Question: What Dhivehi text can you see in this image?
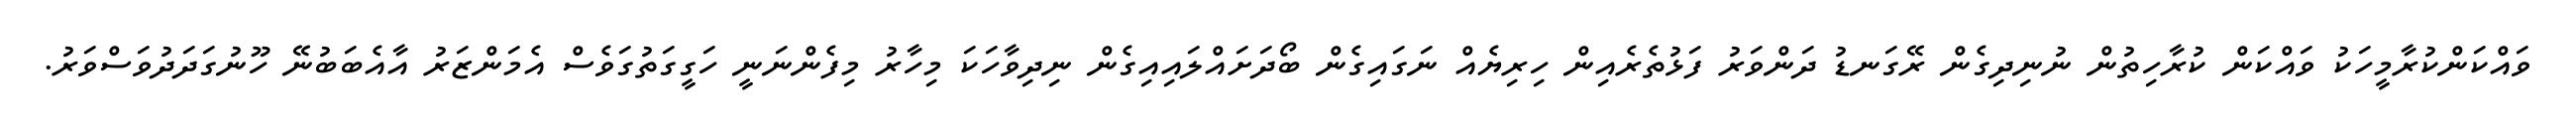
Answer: ވައްކަންކުރާމީހަކު ވައްކަން ކުރާހިތުން ނުނިދިގެން ރޭގަނޑު ދަންވަރު ފަޅުތެރެއިން ހިރިޔެއް ނަގައިގެން ބޯދަށައްލައިއިގެން ނިދިވާހަކަ މިހާރު މިފެންނަނީ ހަގީގަތުގަވެސް އެމަންޒަރު އާއެބަބުނޭ ހޫނުގަދަދުވަސްވަރު.